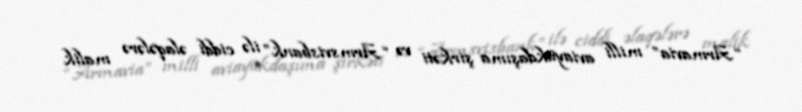
“Armavia” milli aviayükdaşıma şirkəti və “Armsvisbank” ilə ciddi əlaqələrə malik